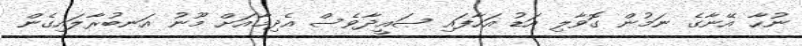
ނުހާ އޭނާގެ ނަމުން ގޮވާލި އަޑު އަހާފައި ޞައީދާވެސް އެދިމާއަށް މޫނު އަނބުރާލައިގެން